Annual report of the Civil Veterinary Department, Bengal, for the year 1897-98 - 1897-1898
Year: 1897
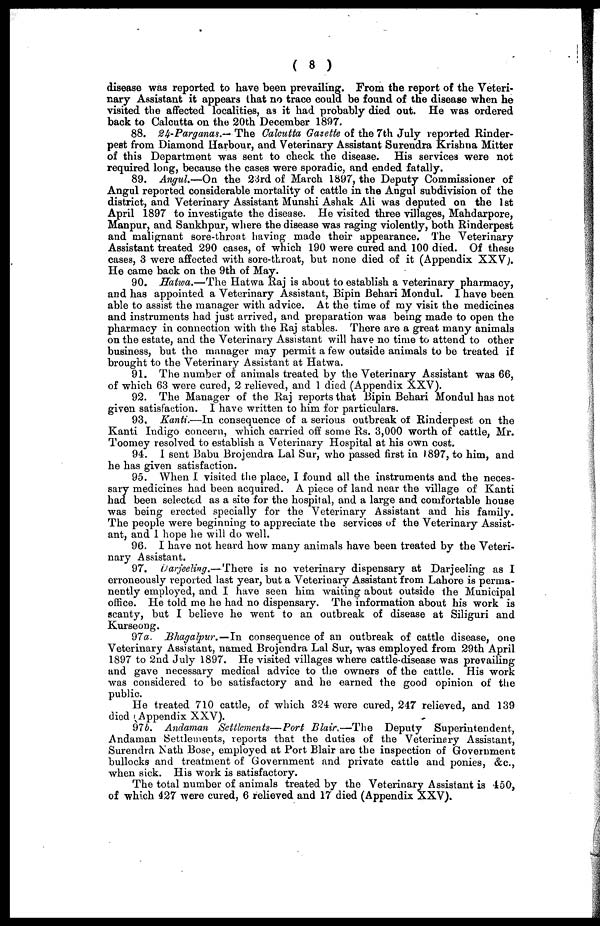
( 8 )
disease was reported to have been prevailing. From the report of the Veteri-
nary Assistant it appears that no trace could be found of the disease when he
visited the affected localities, as it had probably died out. He was ordered
back to Calcutta on the 20th December 1897.
88. 24-Parganas.— The Calcutta Gazette of the 7th July reported Rinder-
pest from Diamond Harbour, and Veterinary Assistant Surendra Krishna Mitter
of this Department was sent to check the disease. His services were not
required long, because the cases were sporadic, and ended fatally.
89. Angul.—On the 23rd of March 1897, the Deputy Commissioner of
Angul reported considerable mortality of cattle in the Angul subdivision of the
district, and Veterinary Assistant Munshi Ashak Ali was deputed on the 1st
April 1897 to investigate the disease. He visited three villages, Mahdarpore,
Manpur, and Sankhpur, where the disease was raging violently, both Rinderpest
and malignant sore-throat having made their appearance. The Veterinary
Assistant treated 290 cases, of which 190 were cured and 100 died. Of these
cases, 3 were affected with sore-throat, but none died of it (Appendix XXV).
He came back on the 9th of May.
90. Hatwa.—The Hatwa Raj is about to establish a veterinary pharmacy,
and has appointed a Veterinary Assistant, Bipin Behari Mondul. I have been
able to assist the manager with advice. At the time of my visit the medicines
and instruments had just arrived, and preparation was being made to open the
pharmacy in connection with the Raj stables. There are a great many animals
on the estate, and the Veterinary Assistant will have no time to attend to other
business, but the manager may permit a few outside animals to be treated if
brought to the Veterinary Assistant at Hatwa.
91. The number of animals treated by the Veterinary Assistant was 66,
of which 63 were cured, 2 relieved, and 1 died (Appendix XXV).
92. The Manager of the Raj reports that Bipin Behari Mondul has not
given satisfaction. I have written to him for particulars.
93. Kanti.—In consequence of a serious outbreak of Rinderpest on the
Kanti Indigo concern, which carried off some Rs. 3,000 worth of cattle, Mr.
Toomey resolved to establish a Veterinary Hospital at his own cost.
94. I sent Babu Brojendra Lal Sur, who passed first in 1897, to him, and
he has given satisfaction.
95. When I visited the place, I found all the instruments and the neces-
sary medicines had been acquired. A piece of land near the village of Kanti
had been selected as a site for the hospital, and a large and comfortable house
was being erected specially for the Veterinary Assistant and his family.
The people were beginning to appreciate the services of the Veterinary Assist-
ant, and 1 hope he will do well.
96. I have not heard how many animals have been treated by the Veteri-
nary Assistant.
97. Darjeeling.—There is no veterinary dispensary at Darjeeling as I
erroneously reported last year, but a Veterinary Assistant from Lahore is perma-
nently employed, and I have seen him waiting about outside the Municipal
office. He told me he had no dispensary. The information about his work is
scanty, but I believe he went to an outbreak of disease at Siliguri and
Kurseong.
97a. Bhagalpur.—In
consequence of an outbreak of cattle disease, one
Veterinary Assistant, named Brojendra Lal Sur, was employed from 29th April
1897 to 2nd July 1897. He visited villages where cattle-disease was prevailing
and gave necessary medical advice to the owners of the cattle. His work
was considered to bo satisfactory and he earned the good opinion of the
public.
He treated 710 cattle, of which 324 were cured, 247 relieved, and 139
died Appendix XXV).
97b. Andaman Settlements—Port Blair.—The
Deputy Superintendent,
Andaman Settlements, reports that the duties of the Veterinary Assistant,
Surendra Nath Bose, employed at Port Blair are the inspection of Government
bullocks and treatment of Government and private cattle and ponies, &c,
when sick. His work is satisfactory.
The total number of animals treated by the Veterinary Assistant is 450,
of which 427 were cured, 6 relieved and 17 died (Appendix XXV).